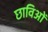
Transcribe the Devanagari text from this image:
छाविओं